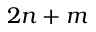
2 n + m